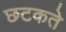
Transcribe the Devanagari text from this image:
छटकते